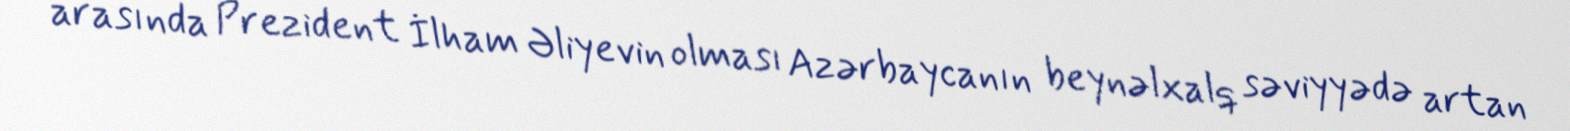
arasında Prezident İlham Əliyevin olması Azərbaycanın beynəlxalq səviyyədə artan